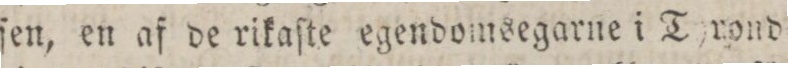
ſen, en af de rikaſte egendomsegarne i Tyrond